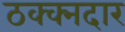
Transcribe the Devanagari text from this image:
ठक्क्नदार